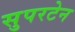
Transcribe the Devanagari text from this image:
सुपरटेन